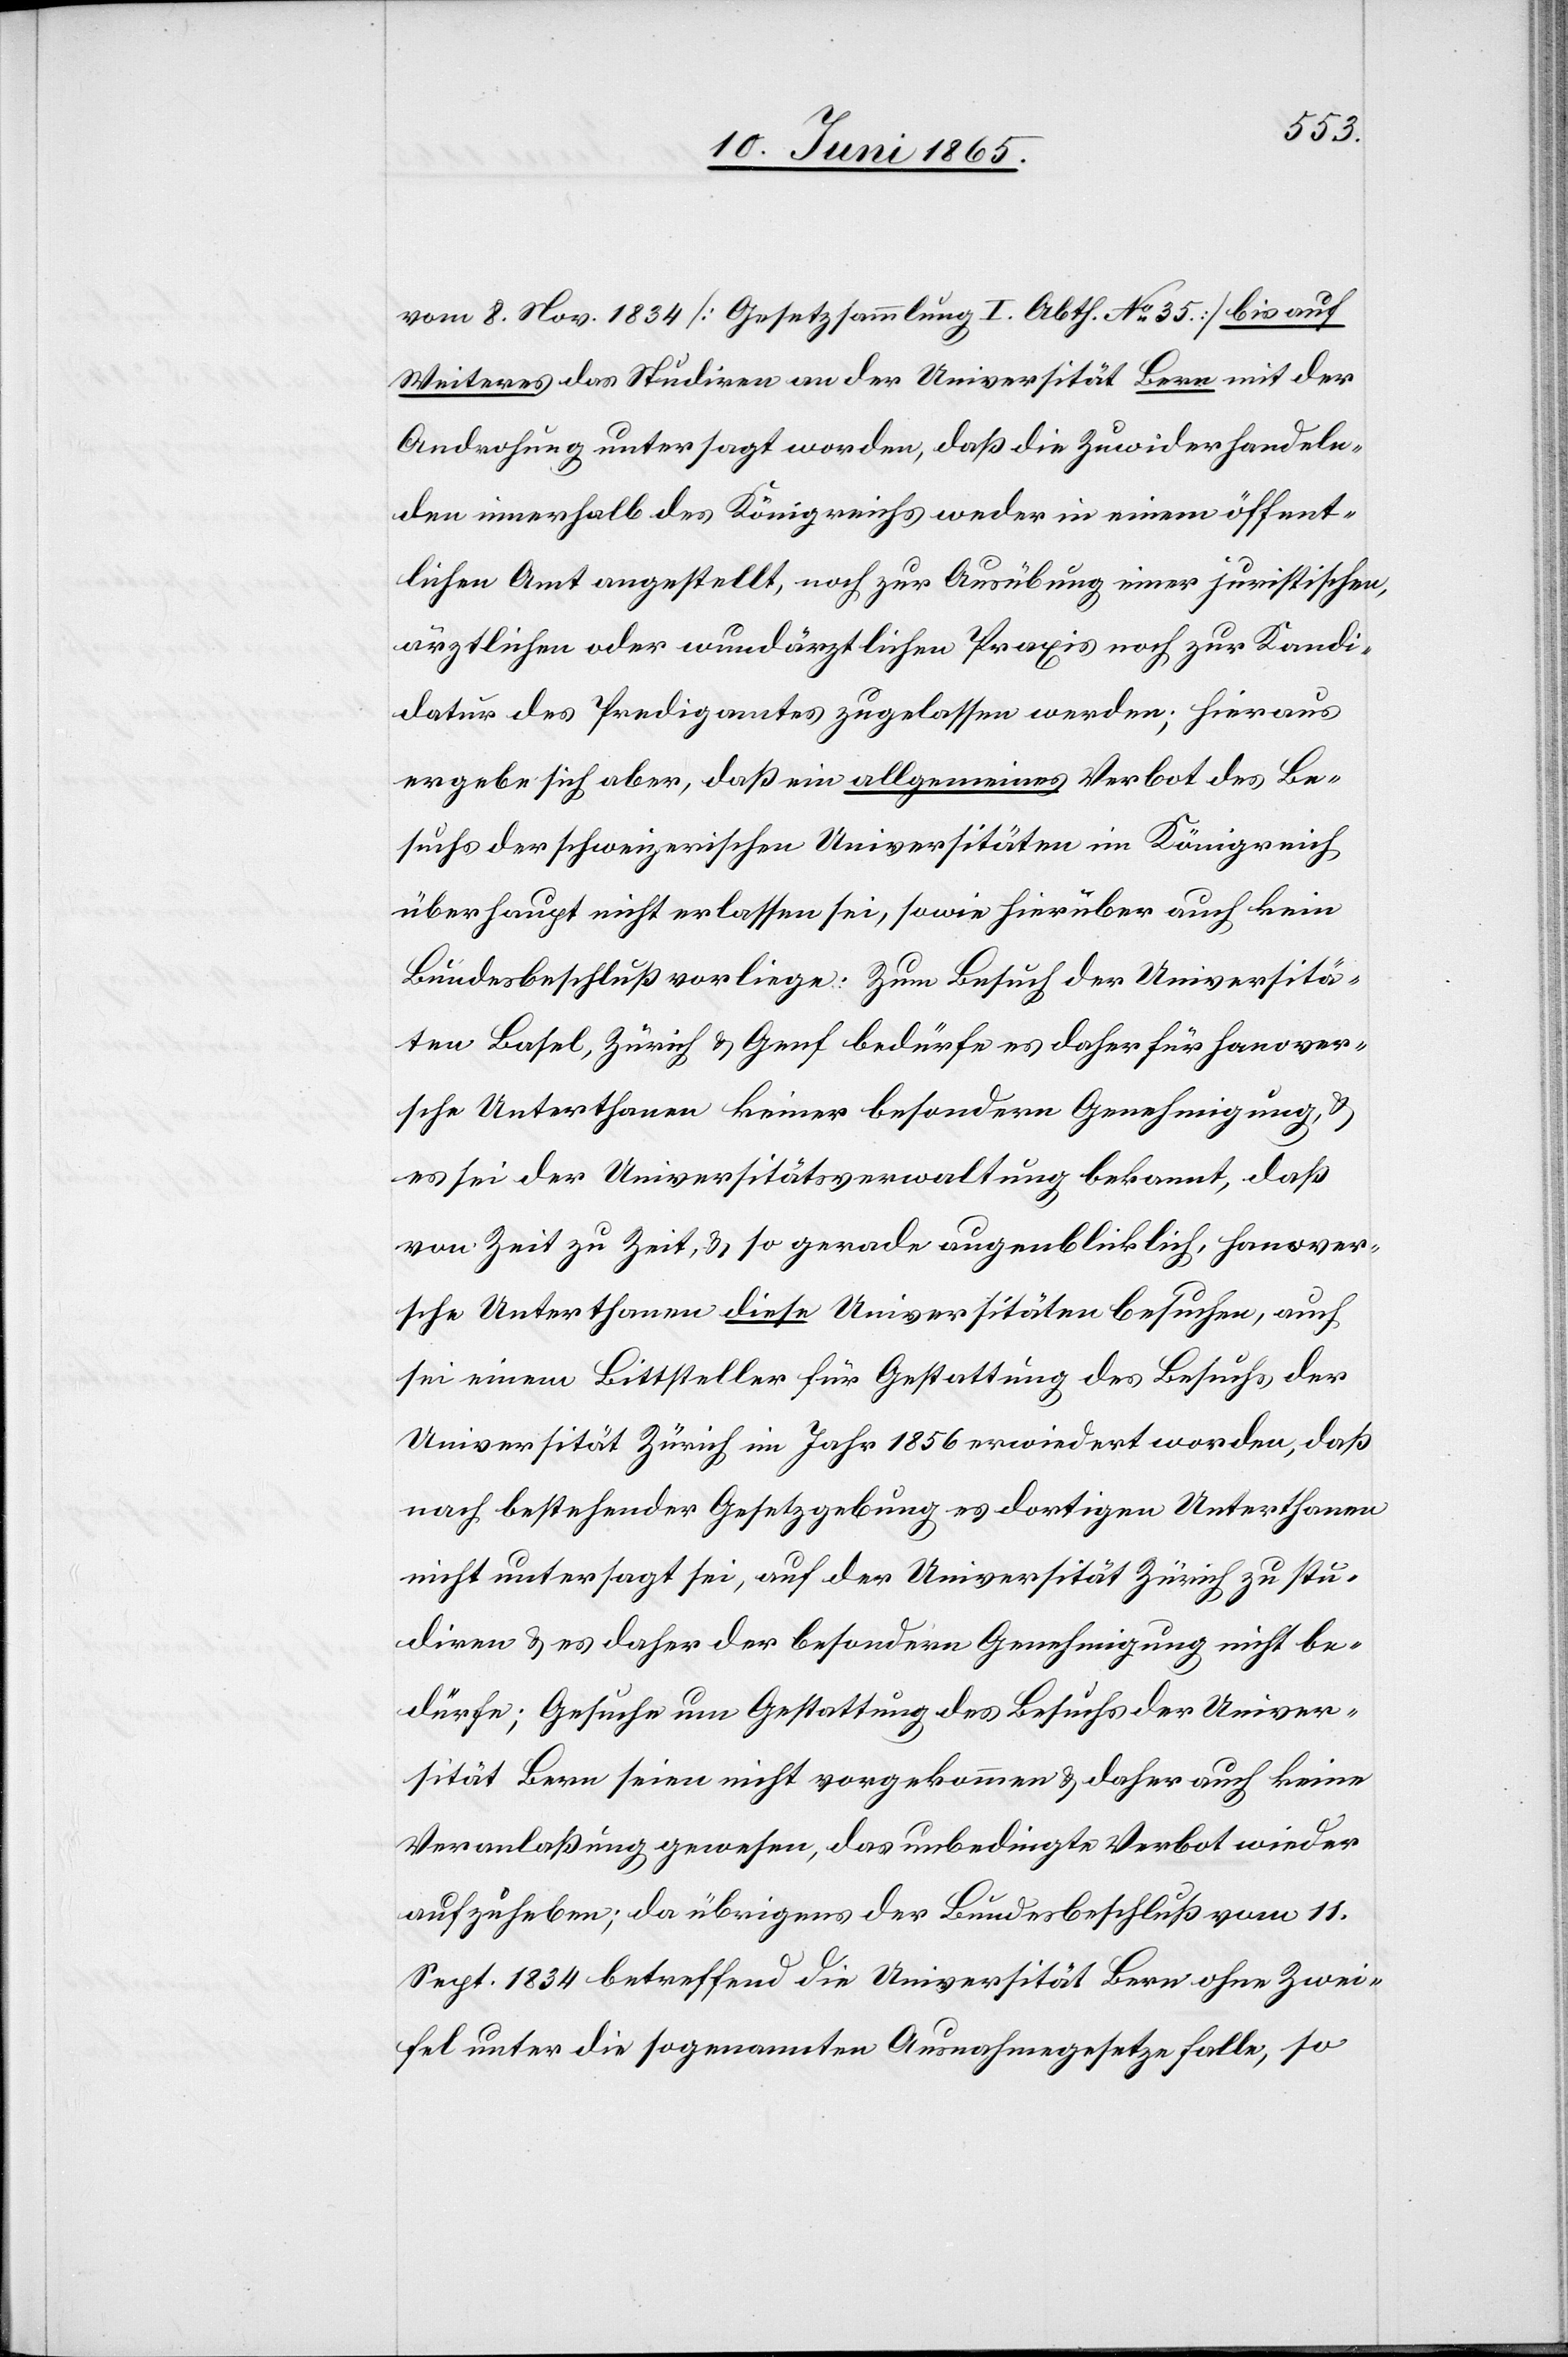
vom 8. Nov. 1834 [Gesetzsammlung I. Abth. No 35] bis auf
Weiteres das Studiren an der Universität Bern mit der
Androhung untersagt worden, daß die Zuwiderhandeln¬
den innerhalb des Königreichs weder in einem öffent¬
lichen Amt angestellt, noch zur Ausübung einer juristischen,
ärztlichen oder wundärztlichen Praxis noch zur Kandi¬
datur des Predigamtes zugelassen werden; hieraus
ergeben sich aber, daß ein allgemeines Verbot des Be¬
suchs der schweizerischen Universitäten im Königreich
überhaupt nicht erlassen sei, sowie hierüber auch kein
Bundesbeschluß vorliege. Zum Besuch der Universitä¬
ten Basel, Zürich & Genf bedürfe es daher für hanover¬
sche Unterthanen keiner besondern Genehmigung, &
es sei der Universitätsverwaltung bekannt, daß
von Zeit zu Zeit, & so gerade augenblicklich, hanover¬
sche Unterthanen diese Universitäten besuchen, auch
sei einem Bittsteller für Gestattung des Besuchs der
Universität Zürich im Jahr 1856 erwiedert worden, daß
nach bestehender Gesetzgebung es dortigen Unterthanen
nicht untersagt sei, auf der Universität Zürich zu stu¬
diren & es daher der besondern Genehmigung nicht be¬
dürfe; Gesuche um Gestattung des Besuches der Univer¬
sität Bern seien nicht vorgekommen & daher auch keine
Veranlaßung gewesen, das unbedingte Verbot wieder
aufzuheben; da übrigens der Bundesbeschluß vom 11.
Sept. 1834 betreffend die Universität Bern ohne Zwei¬
fel unter die sogenannten Ausnahmegesetze falle, so